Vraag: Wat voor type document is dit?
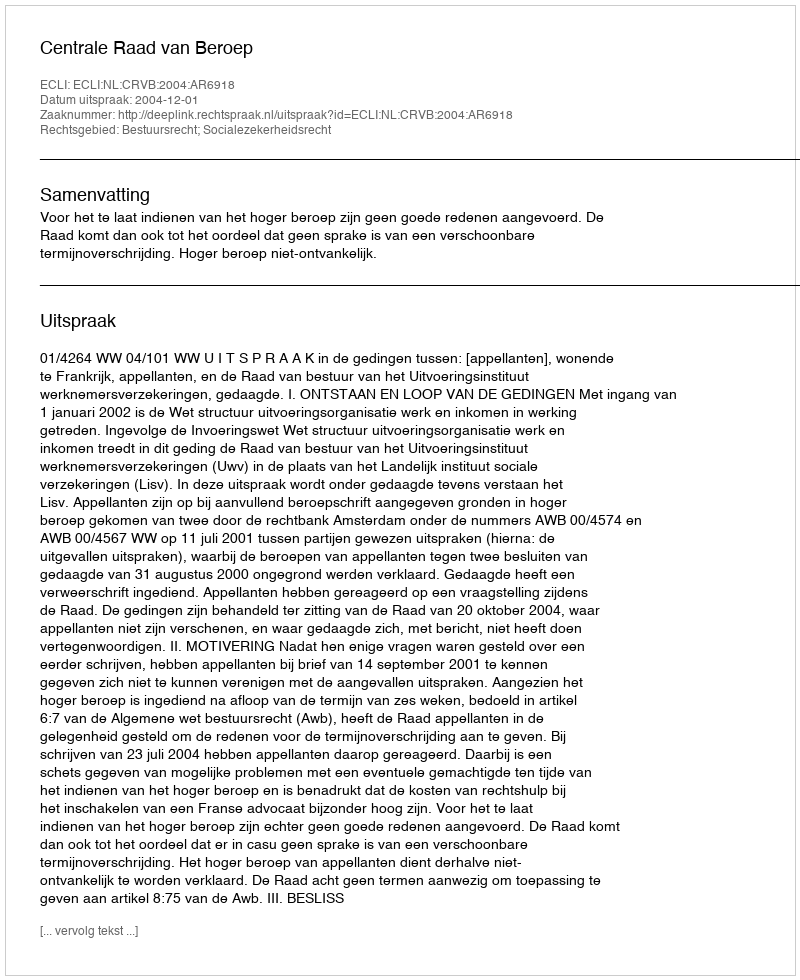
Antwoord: Uitspraak